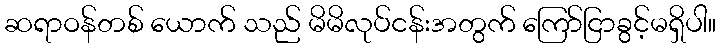
ဆရာဝန်တစ် ယောက် သည် မိမိလုပ်ငန်းအတွက် ကြော်ငြာခွင့်မရှိပါ။